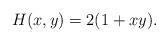
LaTeX: \begin{align*}H(x,y)=2(1+xy).\end{align*}